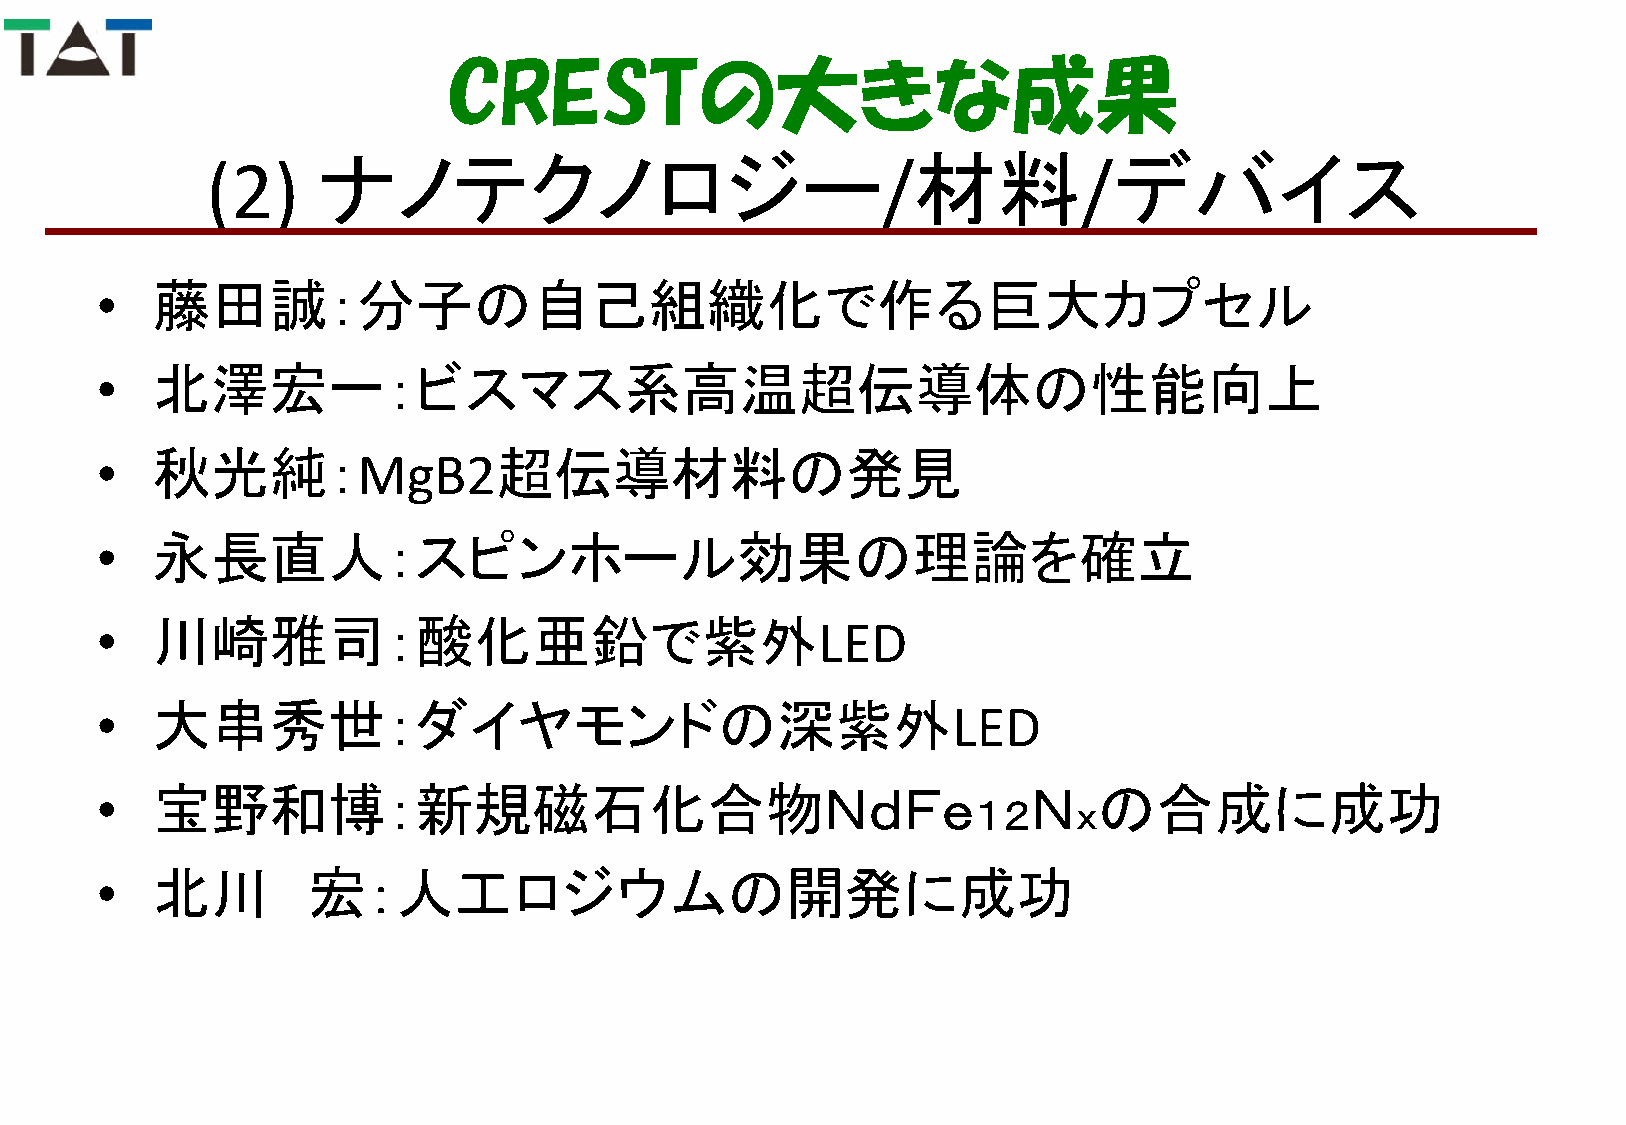
CRESTの大きな成果
 ナノテクノロジー                               材料            デバイス
 (2)                                         /             /
 •   藤田誠：分子の自己組織化で作る巨大カプセル
 •   北澤宏一：ビスマス系高温超伝導体の性能向上
 •   秋光純：          MgB2超伝導材料の発見
 •   永長直人：スピンホール効果の理論を確立
 •   川崎雅司：酸化亜鉛で紫外                                LED
 •   大串秀世：ダイヤモンドの深紫外                                      LED
 •   宝野和博：新規磁石化合物ＮｄＦｅ                                          Ｎ    の合成に成功
 １２     ｘ
 •   北川        宏：人工ロジウムの開発に成功